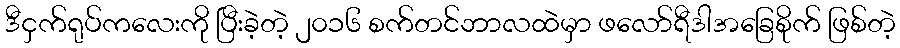
ဒီငှက်ရုပ်ကလေးကို ပြီးခဲ့တဲ့ ၂၀၁၆ စက်တင်ဘာလထဲမှာ ဖလော်ရီဒါအခြေစိုက် ဖြစ်တဲ့